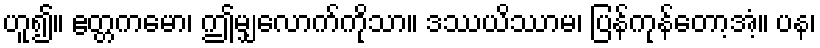
ဟူ၍။ ဧတ္တကမော၊ ဤမျှလောက်ကိုသာ။ ဒဿယိဿာမ၊ ပြန်ကုန်တော့အံ့။ ပန၊